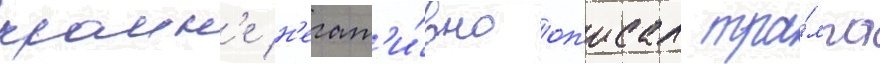
краин'е н'егат'и́вно оп'исал тра́мпа